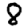
Digit: 8